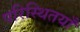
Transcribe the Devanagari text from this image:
परिस्थितयाँ